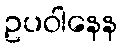
ဥပဝါနေန